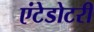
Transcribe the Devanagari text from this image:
एंटेडोटरी